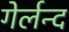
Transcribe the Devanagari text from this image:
गेर्लन्द